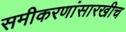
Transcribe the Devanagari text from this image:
समीकरणांसारखीच